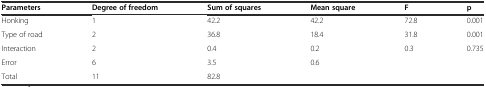
<table><thead><tr><td><b>Parameters</b></td><td><b>Degree of freedom</b></td><td><b>Sum of squares</b></td><td><b>Mean square</b></td><td><b>F</b></td><td><b>p</b></td></tr></thead><tbody><tr><td>Honking</td><td>1</td><td>42.2</td><td>42.2</td><td>72.8</td><td>0.001</td></tr><tr><td>Type of road</td><td>2</td><td>36.8</td><td>18.4</td><td>31.8</td><td>0.001</td></tr><tr><td>Interaction</td><td>2</td><td>0.4</td><td>0.2</td><td>0.3</td><td>0.735</td></tr><tr><td>Error</td><td>6</td><td>3.5</td><td>0.6</td><td></td><td></td></tr><tr><td>Total</td><td>11</td><td>82.8</td><td></td><td></td><td></td></tr></tbody></table>